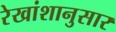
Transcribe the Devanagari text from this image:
रेखांशानुसार